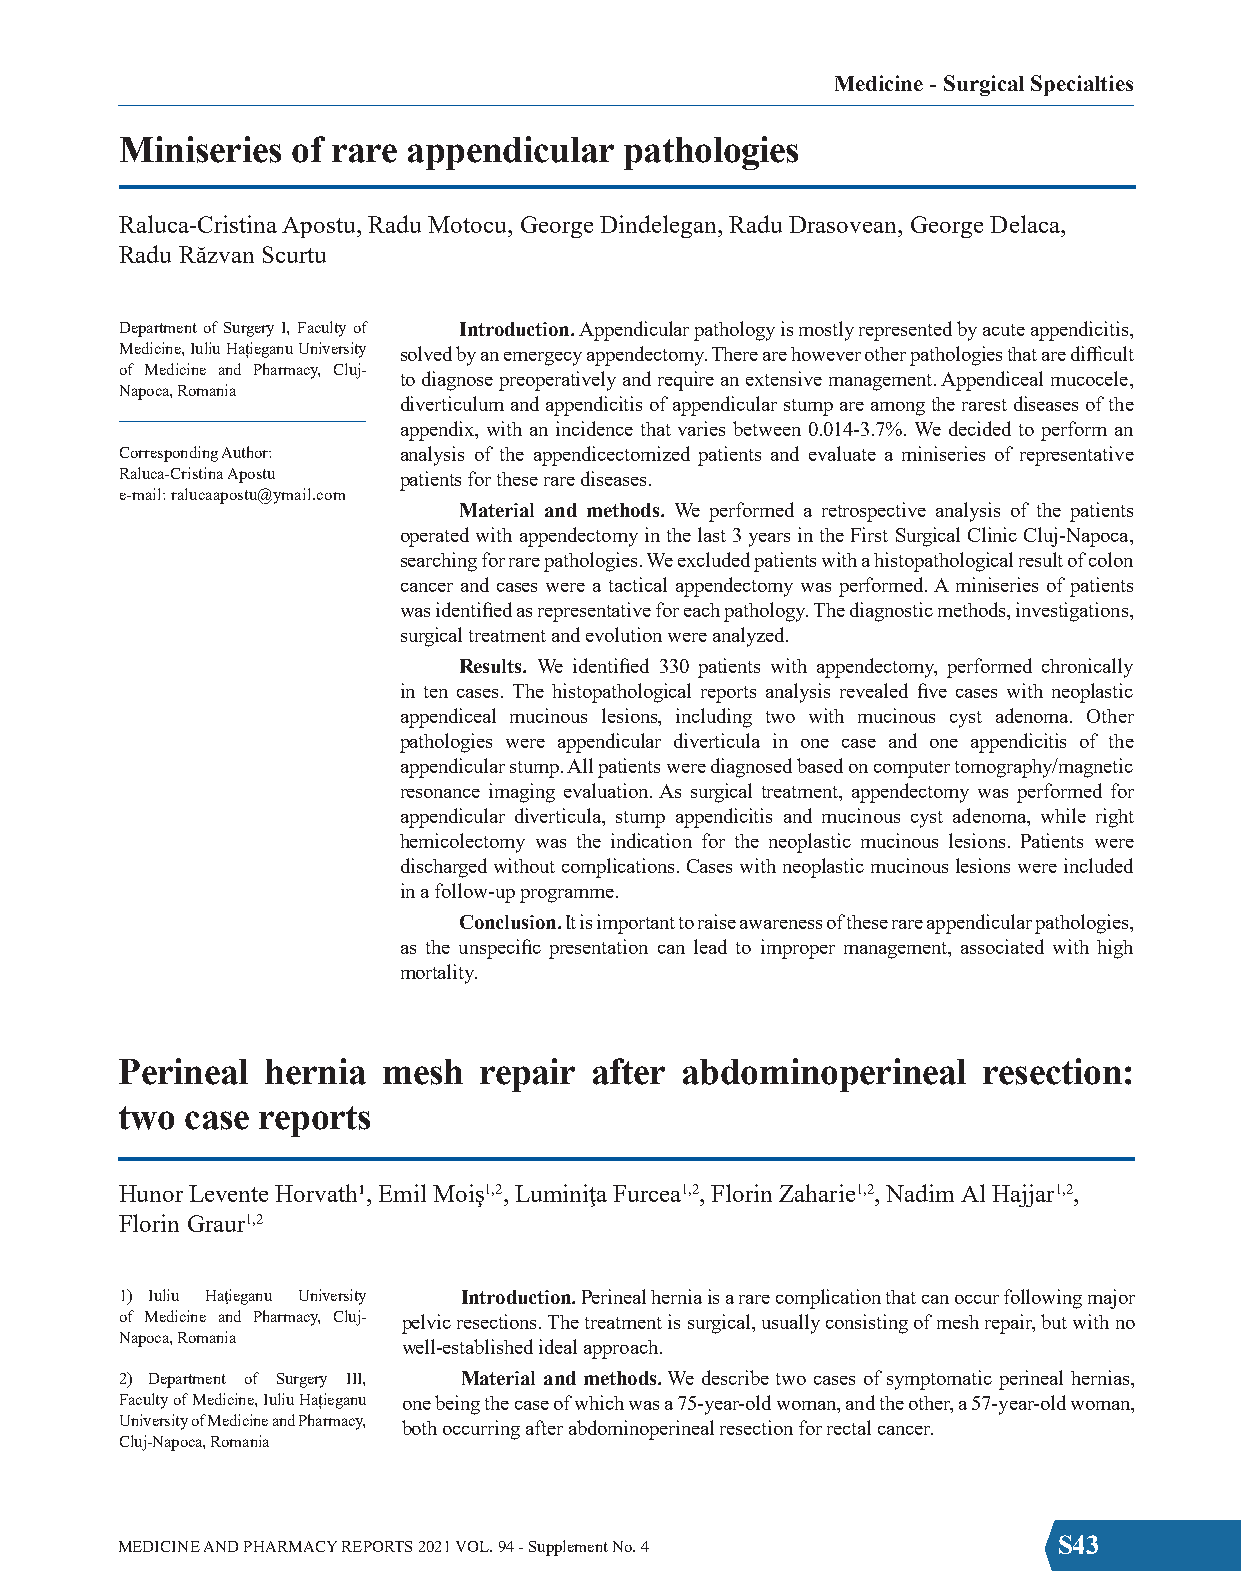
Medicine - Surgical Specialties
 Miniseries of rare appendicular  pathologies
 Raluca-Cristina Apostu, Radu Motocu, George Dindelegan, Radu Drasovean, George Delaca,
 Radu Răzvan Scurtu
 Department of Surgery I, Faculty of Introduction. Appendicular pathology is mostly represented by acute appendicitis,
 Medicine, Iuliu Hațieganu University solved by an emergecy appendectomy. There are however other pathologies that are difficult
 of Medicine and Pharmacy, Cluj-
 to diagnose preoperatively and require an extensive management. Appendiceal mucocele,
 Napoca, Romania
 diverticulum and appendicitis of appendicular stump are among the rarest diseases of the
 appendix, with an incidence that varies between 0.014-3.7%. We decided to perform an
 Corresponding Author: analysis of the appendicectomized patients and evaluate a miniseries of representative
 Raluca-Cristina Apostu patients for these rare diseases.
 e-mail: ralucaapostu@ymail.com
 Material and methods. We performed a retrospective analysis of the patients
 operated with appendectomy in the last 3 years in the First Surgical Clinic Cluj-Napoca,
 searching for rare pathologies. We excluded patients with a histopathological result of colon
 cancer and cases were a tactical appendectomy was performed. A miniseries of patients
 was identified as representative for each pathology. The diagnostic methods, investigations,
 surgical treatment and evolution were analyzed.
 Results. We identified 330 patients with appendectomy, performed chronically
 in ten cases. The histopathological reports analysis revealed five cases with neoplastic
 appendiceal mucinous lesions, including two with mucinous cyst adenoma. Other
 pathologies were appendicular diverticula in one case and one appendicitis of the
 appendicular stump. All patients were diagnosed based on computer tomography/magnetic
 resonance imaging evaluation. As surgical treatment, appendectomy was performed for
 appendicular diverticula, stump appendicitis and mucinous cyst adenoma, while right
 hemicolectomy was the indication for the neoplastic mucinous lesions. Patients were
 discharged without complications. Cases with neoplastic mucinous lesions were included
 in a follow-up programme.
 Conclusion. It is important to raise awareness of these rare appendicular pathologies,
 as the unspecific presentation can lead to improper management, associated with high
 mortality.
 Perineal hernia  mesh   repair after abdominoperineal    resection:
 two case reports
 Hunor Levente Horvath¹, Emil Moiş1,2, Luminiţa Furcea1,2, Florin Zaharie1,2, Nadim Al Hajjar1,2,
 Florin Graur1,2
 1) Iuliu Haţieganu University Introduction. Perineal hernia is a rare complication that can occur following major
 of Medicine and Pharmacy, Cluj- pelvic resections. The treatment is surgical, usually consisting of mesh repair, but with no
 Napoca, Romania
 well-established ideal approach.
 2) Department of Surgery III, Material and methods. We describe two cases of symptomatic perineal hernias,
 Faculty of Medicine, Iuliu Hațieganu one being the case of which was a 75-year-old woman, and the other, a 57-year-old woman,
 University of Medicine and Pharmacy, both occurring after abdominoperineal resection for rectal cancer.
 Cluj-Napoca, Romania
 MEDICINE AND PHARMACY REPORTS 2021 VOL. 94 - Supplement No. 4 S43